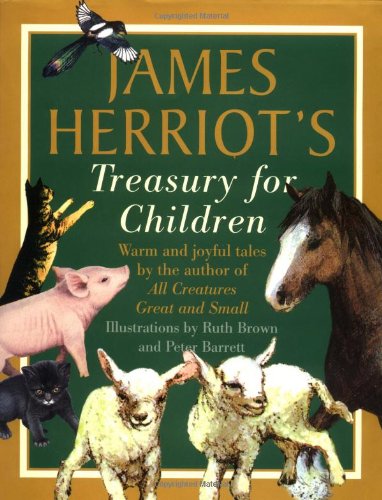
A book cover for James Herriot's Treasury for Children: Warm and Joyful Tales by the Author of All Creatures Great and Small; James Herriot; Literature & Fiction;